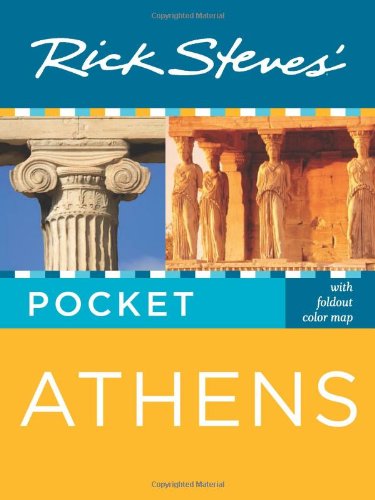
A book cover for Rick Steves' Pocket Athens; Rick Steves; Travel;